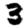
Digit: 3